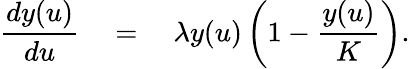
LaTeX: \frac{dy(u)}{du}\quad=\quad\lambda y(u)\left(1-\frac{y(u)}{K}\right).